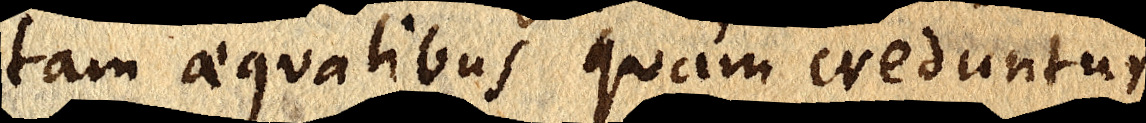
tam aequalibus quam creduntur